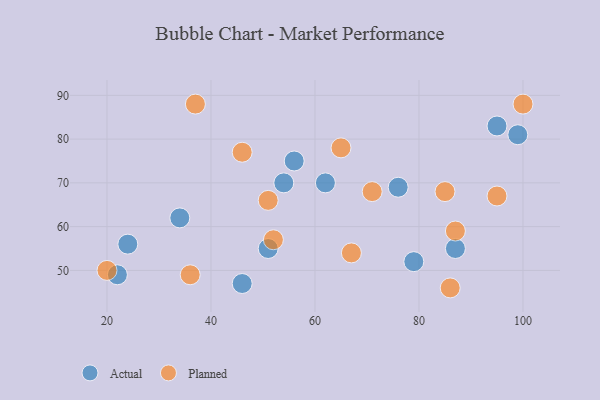
{"axis": {"x": "GDP", "y": "Life Expectancy"}, "legend": ["Actual", "Planned"], "data": [{"x": "62", "y": 70, "type": "Actual"}, {"x": "76", "y": 69, "type": "Actual"}, {"x": "24", "y": 56, "type": "Actual"}, {"x": "34", "y": 62, "type": "Actual"}, {"x": "54", "y": 70, "type": "Actual"}, {"x": "99", "y": 81, "type": "Actual"}, {"x": "22", "y": 49, "type": "Actual"}, {"x": "95", "y": 83, "type": "Actual"}, {"x": "51", "y": 55, "type": "Actual"}, {"x": "79", "y": 52, "type": "Actual"}, {"x": "46", "y": 47, "type": "Actual"}, {"x": "56", "y": 75, "type": "Actual"}, {"x": "87", "y": 55, "type": "Actual"}, {"x": "100", "y": 88, "type": "Planned"}, {"x": "51", "y": 66, "type": "Planned"}, {"x": "46", "y": 77, "type": "Planned"}, {"x": "95", "y": 67, "type": "Planned"}, {"x": "85", "y": 68, "type": "Planned"}, {"x": "52", "y": 57, "type": "Planned"}, {"x": "71", "y": 68, "type": "Planned"}, {"x": "67", "y": 54, "type": "Planned"}, {"x": "37", "y": 88, "type": "Planned"}, {"x": "87", "y": 59, "type": "Planned"}, {"x": "20", "y": 50, "type": "Planned"}, {"x": "86", "y": 46, "type": "Planned"}, {"x": "36", "y": 49, "type": "Planned"}, {"x": "65", "y": 78, "type": "Planned"}]}